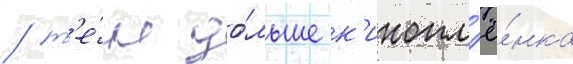
/ т'е́м до́льше к'инопл'ё́нка